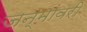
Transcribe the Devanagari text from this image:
जन्मांवरी